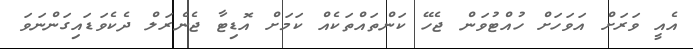
އެއީ ވަރަށް އަވަހަށް ހުއްޓުވަން ޖެހޭ ކަންތައްތަކެއް ކަމަށް އޮޑިޓާ ޖެނެރަލް ދެކެވަޑައިގަންނަވަ